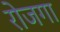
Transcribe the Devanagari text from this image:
रोजगा